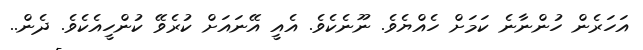
އަހަރެން ހުންނާނެ ކަމަށް ހެއްޔެވެ. ނޫނެކެވެ. އެއީ އޭނައަށް ކުރެވޭ ކުންހީއެކެވެ. ދެން..